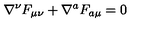
\nabla ^ { \nu } F _ { \mu \nu } + \nabla ^ { a } F _ { a \mu } = 0